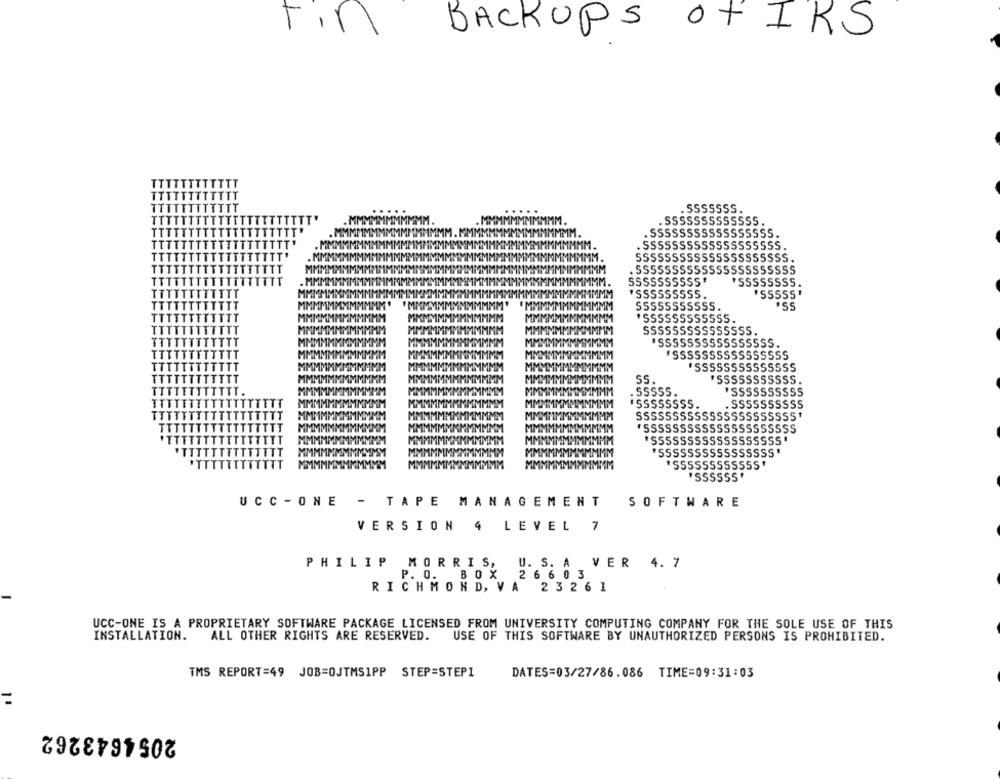
BACKUPS Of IRS
. SSSSSSS.
. SSSSSSSSSSSSS .
. SSSSSSSSSSSSSSSSS.
. SSSSSSSSSSSSSSSSSSS.
SSSSSSSSSSSSSSSSSSSSS.
. SSSSSSSSSSSSSSSSSSSSSS
SSSSSSSSSS*
'SSSSSSSS.
"SSSSSSSSS.
"SSSSS"
SSSSSSSSSSS.
'ssSSSSSSSSSS.
SSSSSSSSSSSSSSS.
"SSSSSSSSSSSSSSSS
"SSSSSSSSSSSSSS
SS.
'SSSSSSSSSSS
. SSSSS.
"SSSSSSSSSS
.SSSSSSSS.
. SSSSSSSSSS
SSSSSSSSSSSSSSSSSSSSSS'
*SSSSSSSSSSSSSSSSSSSSS
"SSSSSSSSSSSSSSSSSS"
"SSSSSSSSSSSSSSSS"
*SSSSSSSSSSSS"
"SSSSSS"
UCC -ONE - TAPE MANAGEMENT
SOFTWARE
VERSION 4 LEVEL 7
PHILIP MORRIS, U. S. A VER 4. 7
P. O.
BOX
2 6 6
0 3
RICHMOND, VA
23261
UCC-ONE IS A PROPRIETARY SOFTWARE PACKAGE LICENSED FROM UNIVERSITY COMPUTING COMPANY FOR THE SOLE USE OF THIS
INSTALLATION. ALL OTHER RIGHTS ARE RESERVED. USE OF THIS SOFTWARE BY UNAUTHORIZED PERSONS IS PROHIBITED.
TMS REPORT=49 JOB=OJTMSIPP STEP=STEP1
DATES=03/27/86.086 TIME=09:31:03
11
2054643262